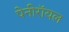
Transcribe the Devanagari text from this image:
पेनीरॉयल